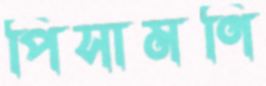
পিসামণি